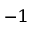
^ { - 1 }